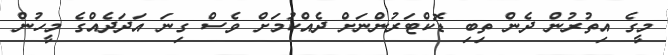
މީގެ އިތުރުން ދެން ތިބި ޑޮކްޓަރުންނަށް ދެއްކުމަށް ވެސް ގިނަ އަދަދެއްގެ މީހުން